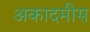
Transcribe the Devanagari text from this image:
अकादमीस